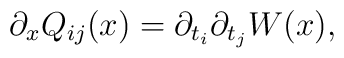
\partial_{x}Q_{ij}(x)=\partial_{t_{i}}\partial_{t_{j}}W(x),